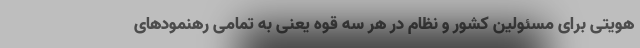
هویتی برای مسئولین کشور و نظام در هر سه قوه یعنی به تمامی رهنمود‌های